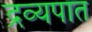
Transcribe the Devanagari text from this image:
द्रव्यपात